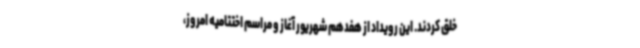
خلق کردند. این رویداد از هفدهم شهریور آغاز و مراسم اختتامیه امروز،